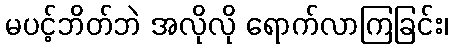
မပင့်ဘိတ်ဘဲ အလိုလို ရောက်လာကြခြင်း၊